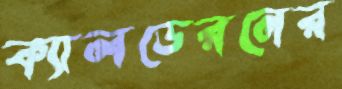
ক্যালডেরনের